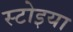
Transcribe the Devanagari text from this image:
स्टोइया